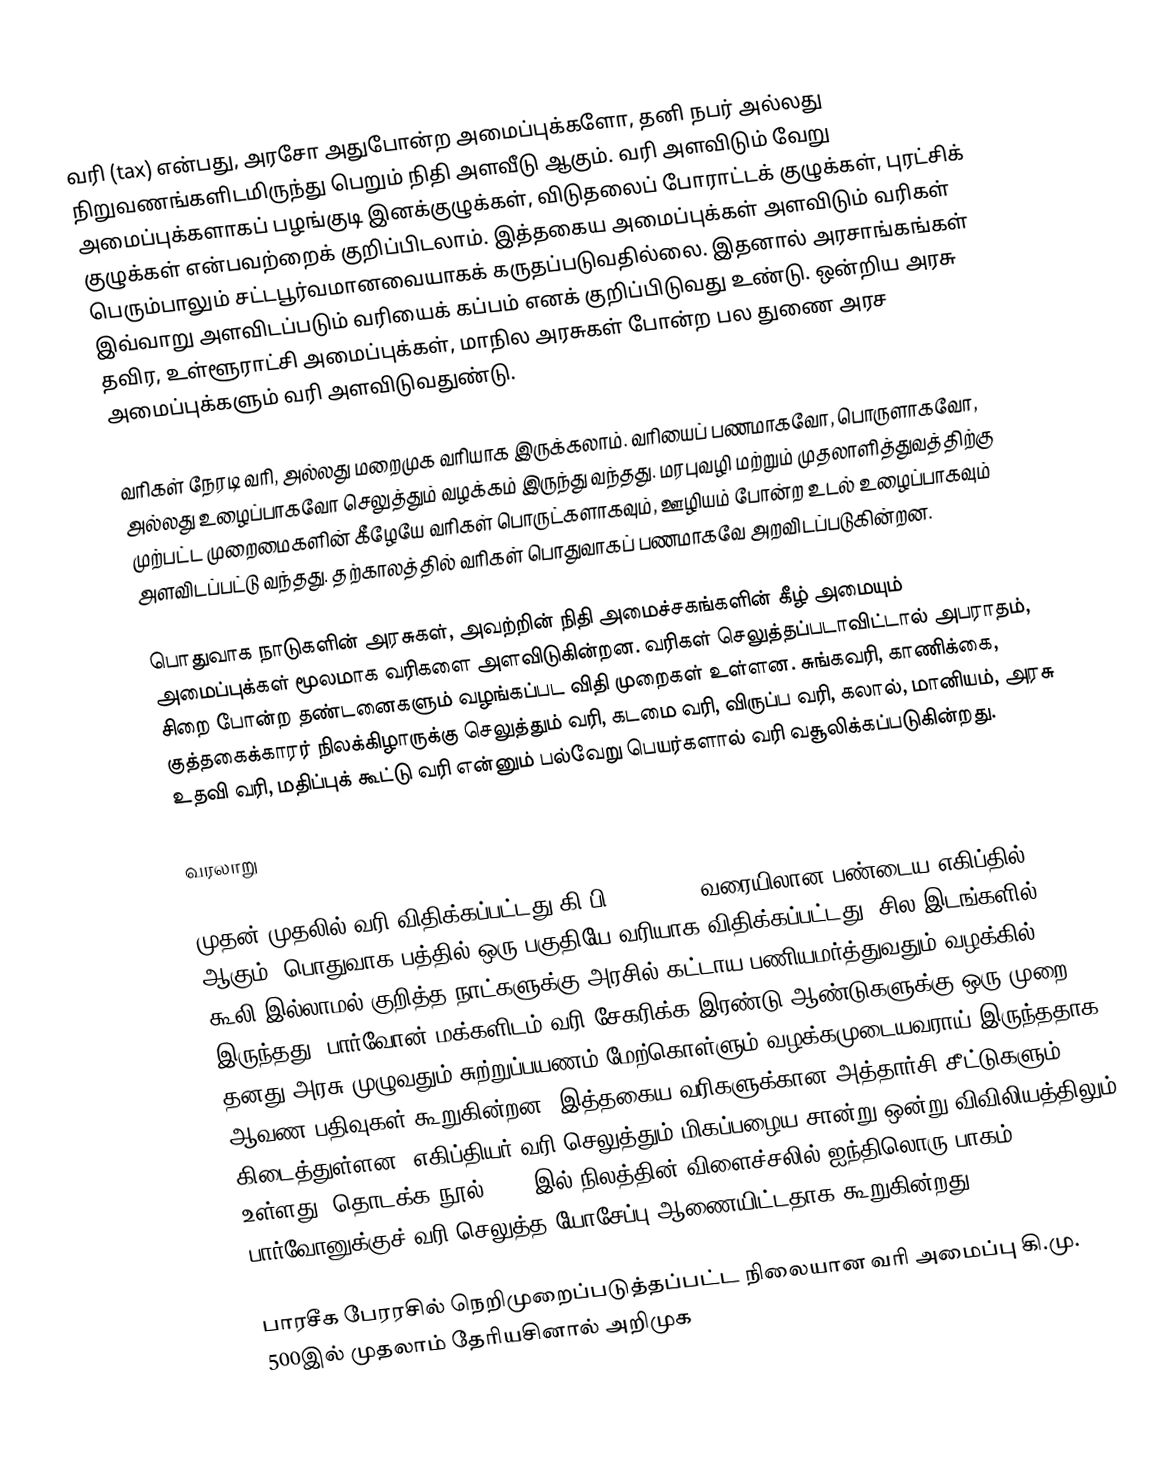
வரி (tax) என்பது, அரசோ அதுபோன்ற அமைப்புக்களோ, தனி நபர் அல்லது நிறுவணங்களிடமிருந்து பெறும் நிதி அளவீடு ஆகும். வரி அளவிடும் வேறு அமைப்புக்களாகப் பழங்குடி இனக்குழுக்கள், விடுதலைப் போராட்டக் குழுக்கள், புரட்சிக் குழுக்கள் என்பவற்றைக் குறிப்பிடலாம். இத்தகைய அமைப்புக்கள் அளவிடும் வரிகள் பெரும்பாலும் சட்டபூர்வமானவையாகக் கருதப்படுவதில்லை. இதனால் அரசாங்கங்கள் இவ்வாறு அளவிடப்படும் வரியைக் கப்பம் எனக் குறிப்பிடுவது உண்டு. ஒன்றிய அரசு தவிர, உள்ளூராட்சி அமைப்புக்கள், மாநில அரசுகள் போன்ற பல துணை அரச அமைப்புக்களும் வரி அளவிடுவதுண்டு.

வரிகள் நேரடி வரி, அல்லது மறைமுக வரியாக இருக்கலாம். வரியைப் பணமாகவோ, பொருளாகவோ, அல்லது உழைப்பாகவோ செலுத்தும் வழக்கம் இருந்து வந்தது. மரபுவழி மற்றும் முதலாளித்துவத்திற்கு முற்பட்ட முறைமைகளின் கீழேயே வரிகள் பொருட்களாகவும், ஊழியம் போன்ற உடல் உழைப்பாகவும் அளவிடப்பட்டு வந்தது. தற்காலத்தில் வரிகள் பொதுவாகப் பணமாகவே அறவிடப்படுகின்றன.

பொதுவாக நாடுகளின் அரசுகள், அவற்றின் நிதி அமைச்சகங்களின் கீழ் அமையும் அமைப்புக்கள் மூலமாக வரிகளை அளவிடுகின்றன. வரிகள் செலுத்தப்படாவிட்டால் அபராதம், சிறை போன்ற தண்டனைகளும் வழங்கப்பட விதி முறைகள் உள்ளன. சுங்கவரி, காணிக்கை, குத்தகைக்காரர் நிலக்கிழாருக்கு செலுத்தும் வரி, கடமை வரி, விருப்ப வரி, கலால், மானியம், அரசு உதவி வரி, மதிப்புக் கூட்டு வரி என்னும் பல்வேறு பெயர்களால் வரி வசூலிக்கப்படுகின்றது.

வரலாறு

முதன் முதலில் வரி விதிக்கப்பட்டது கி.பி 3000-2800 வரையிலான பண்டைய எகிப்தில் ஆகும். பொதுவாக பத்தில் ஒரு பகுதியே வரியாக விதிக்கப்பட்டது. சில இடங்களில் கூலி இல்லாமல் குறித்த நாட்களுக்கு அரசில் கட்டாய பணியமர்த்துவதும் வழக்கில் இருந்தது. பார்வோன் மக்களிடம் வரி சேகரிக்க இரண்டு ஆண்டுகளுக்கு ஒரு முறை தனது அரசு முழுவதும் சுற்றுப்பயணம் மேற்கொள்ளும் வழக்கமுடையவராய் இருந்ததாக ஆவண பதிவுகள் கூறுகின்றன. இத்தகைய வரிகளுக்கான அத்தார்சி சீட்டுகளும் கிடைத்துள்ளன. எகிப்தியர் வரி செலுத்தும் மிகப்பழைய சான்று ஒன்று விவிலியத்திலும் உள்ளது. தொடக்க நூல் 47:24இல் நிலத்தின் விளைச்சலில் ஐந்திலொரு பாகம் பார்வோனுக்குச் வரி செலுத்த யோசேப்பு ஆணையிட்டதாக கூறுகின்றது.

பாரசீக பேரரசில் நெறிமுறைப்படுத்தப்பட்ட நிலையான வரி அமைப்பு கி.மு. 500இல் முதலாம் தேரியசினால் அறிமுக